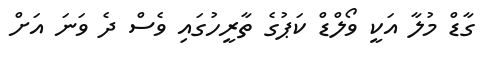
ގާޑް މުލާ އަކީ ވޯލްޑް ކަޕުގެ ތާރީހުގައި ވެސް ދެ ވަނަ އަށް